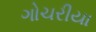
ગોચરીયા